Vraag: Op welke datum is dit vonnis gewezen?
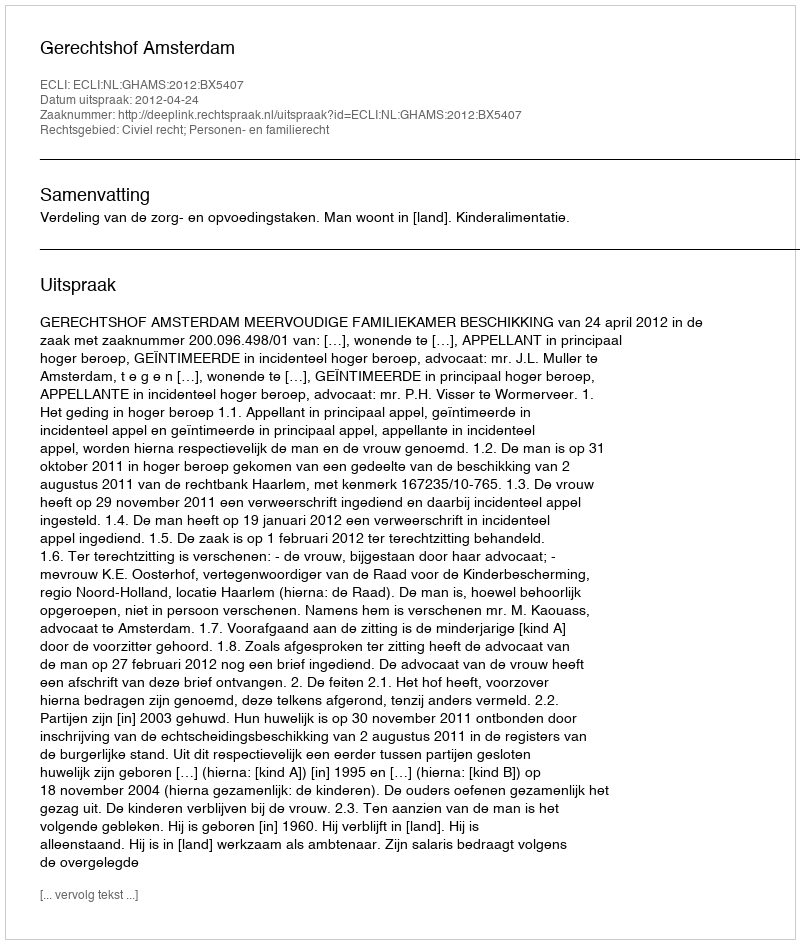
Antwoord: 2012-04-24